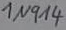
Text: 1N914